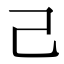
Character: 己